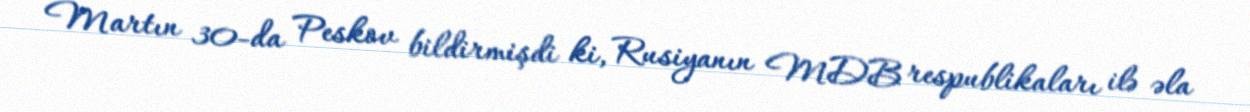
Martın 30-da Peskov bildirmişdi ki, Rusiyanın MDB respublikaları ilə əla